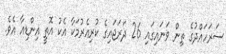
ސަރަހައްދުގެ ތިން ވަނައިގައި 26 ދަރަޖައިގެ ކުރިއެރުމަކާ އެކު އޮތީ އިންޑިއާ އެވެ.